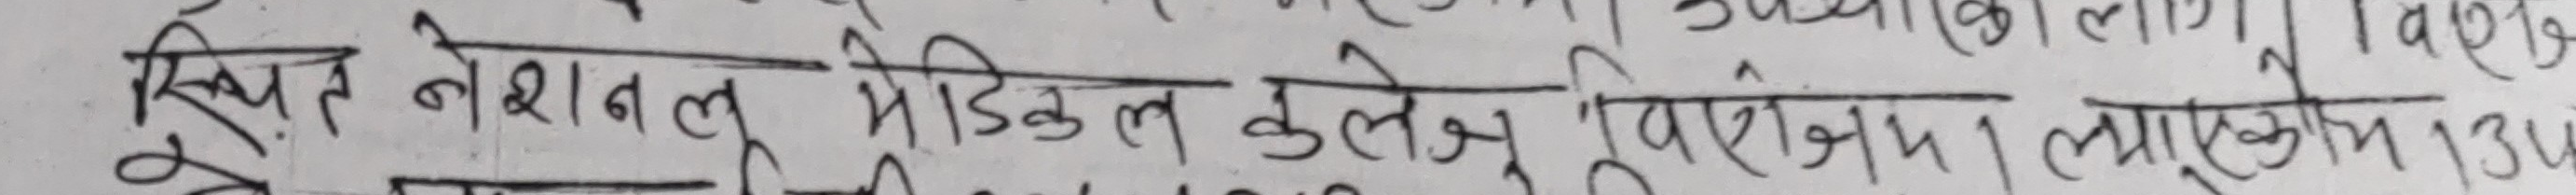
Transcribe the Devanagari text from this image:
स्थित नेशनल मेडिकल कलेज, वीरगंज । एकोयूम 134